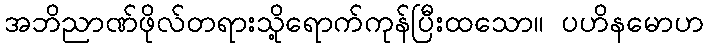
အဘိညာဏ်ဖိုလ်တရားသို့ရောက်ကုန်ပြီးထသော။ ပဟိနမောဟ